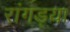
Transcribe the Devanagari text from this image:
रांगड्या